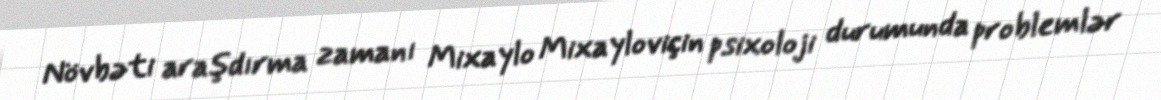
Növbəti araşdırma zamanı Mixaylo Mixayloviçin psixoloji durumunda problemlər